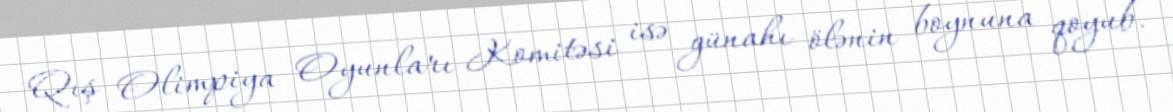
Qış Olimpiya Oyunları Komitəsi isə günahı ölənin boynuna qoyub.